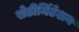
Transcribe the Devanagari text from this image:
सेडीमिंटेशन